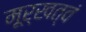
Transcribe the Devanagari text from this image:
मूर्खत्वं